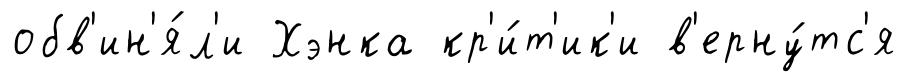
обв'ин'я́л'и Хэнка кр'и́т'ик'и в'ерну́тс'я